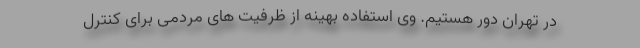
در تهران دور هستیم. وی استفاده بهینه از ظرفیت های مردمی برای کنترل